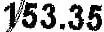
153.35